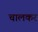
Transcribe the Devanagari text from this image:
चालकर